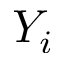
Y _ { i }